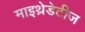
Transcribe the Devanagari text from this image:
माइथ्रेडेटीज